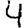
Digit: 4